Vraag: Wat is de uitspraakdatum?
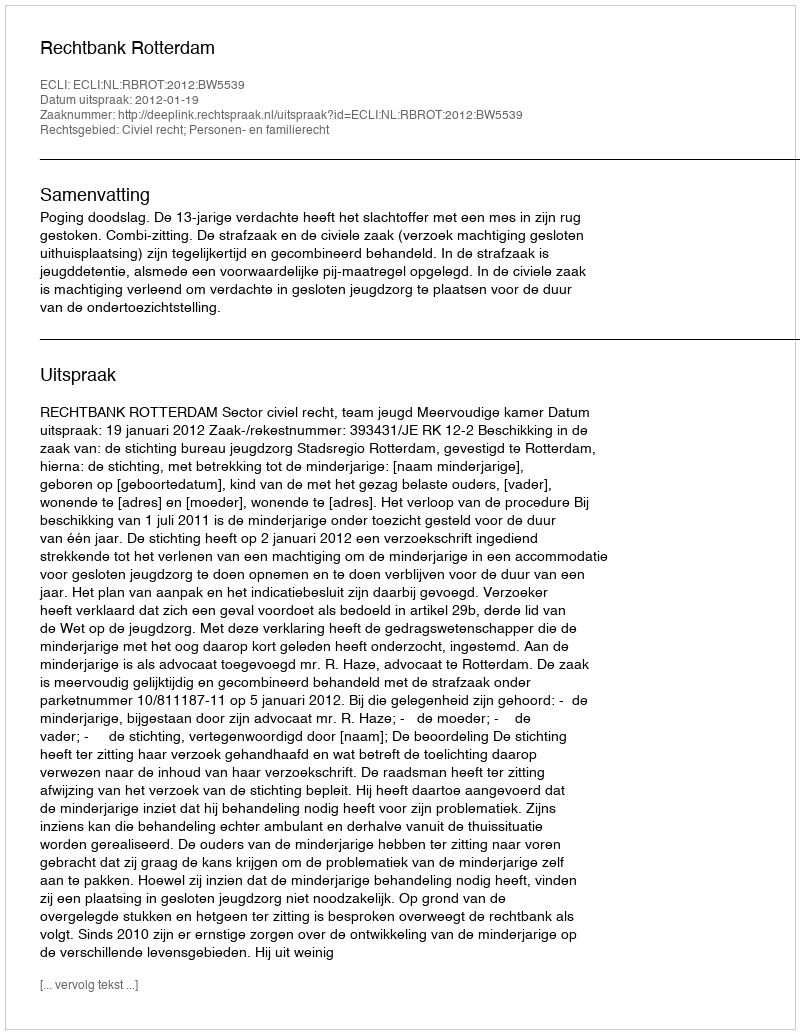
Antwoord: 2012-01-19